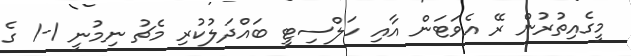
މީގެއިތުރުން ރޭ އެވަޓަން އާއި ހަލްސިޓީ ބައްދަލުކުރި މެޗު ނިމުނީ 1-1 ގެ